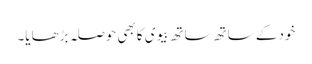
خودکے ساتھ ساتھ بیوی کابھی حوصلہ بڑھایا۔